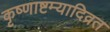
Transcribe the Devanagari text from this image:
कृष्णाष्टम्यादिव्रत